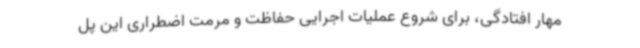
مهار افتادگی، برای شروع عملیات اجرایی حفاظت و مرمت اضطراری این پل